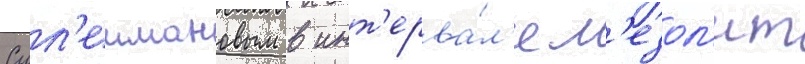
Сул'еимановым в инт'ерва́л'е м'езол'ит